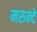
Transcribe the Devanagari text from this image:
मरुन्दे